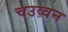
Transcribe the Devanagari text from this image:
चउव्वन